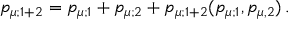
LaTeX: p _ { \mu ; 1 + 2 } = p _ { \mu ; 1 } + p _ { \mu ; 2 } + p _ { \mu ; 1 + 2 } ( p _ { \mu ; 1 } , p _ { \mu , 2 } ) \, .